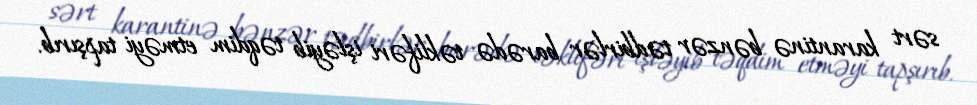
sərt karantinə bənzər tədbirlər barədə təklifəri işləyib təqdim etməyi tapşırıb.